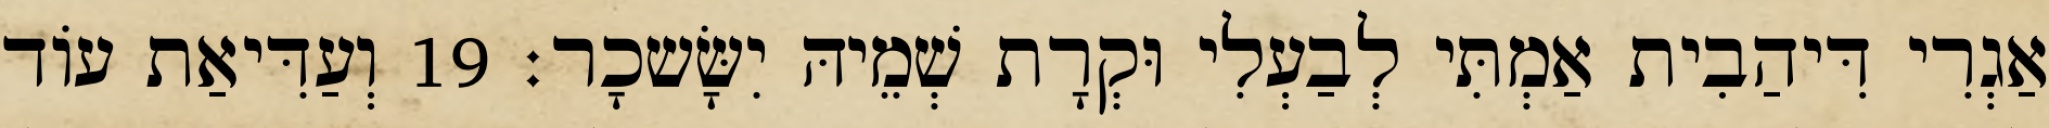
אַגְרִי דִּיהַבִית אַמְתִּי לְבַעְלִי וּקְרָת שְׁמֵיהּ יִשָּׂשכָר׃ 19 וְעַדִּיאַת עוֹד